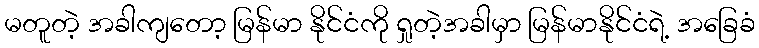
မတူတဲ့ အခါကျတော့ မြန်မာ နိုင်ငံကို ရှုတဲ့အခါမှာ မြန်မာနိုင်ငံရဲ့ အခြေခံ